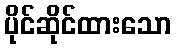
ပိုင်ဆိုင်ထားသော